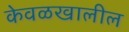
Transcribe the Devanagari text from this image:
केवळखालील